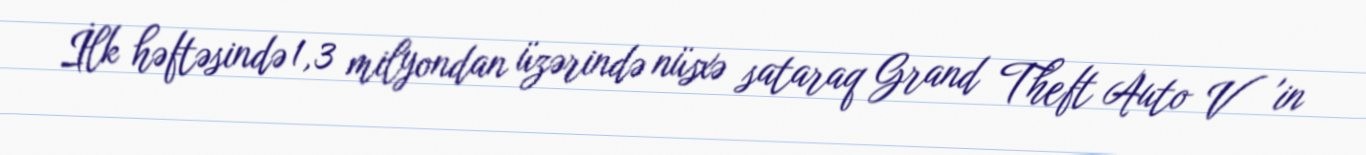
İlk həftəsində 1,3 milyondan üzərində nüsxə sataraq Grand Theft Auto V 'in